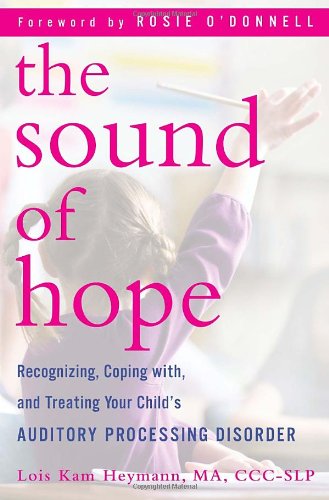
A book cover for The Sound of Hope: Recognizing, Coping with, and Treating Your Child's Auditory Processing Disorder; Lois Kam Heymann; Health, Fitness & Dieting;